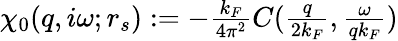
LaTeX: \begin{array}{r}{\chi_{0}(q,i\omega;r_{s}):=-\frac{k_{F}}{4\pi^{2}}C(\frac{q}{2k_{F}},\frac{\omega}{qk_{F}})}\end{array}